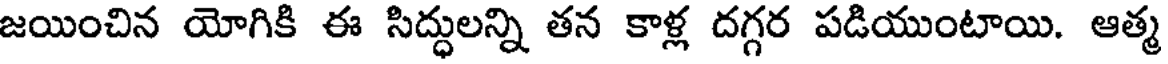
జయించిన యోగికి ఈ సిద్ధులన్ని తన కాళ్ల దగ్గర పడియుంటాయి. ఆత్మ